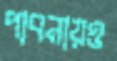
পাবনায়ও